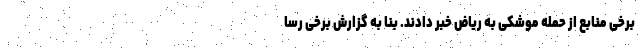
برخی منابع از حمله موشکی به ریاض خبر دادند. بنا به گزارش برخی رسا